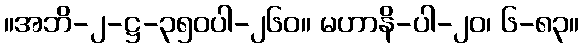
။အဘိ-၂-ဋ္ဌ-၃၅၀ပါ-၂၆၀။ မဟာနိ-ပါ-၂၀၊ ၆-၈၃။